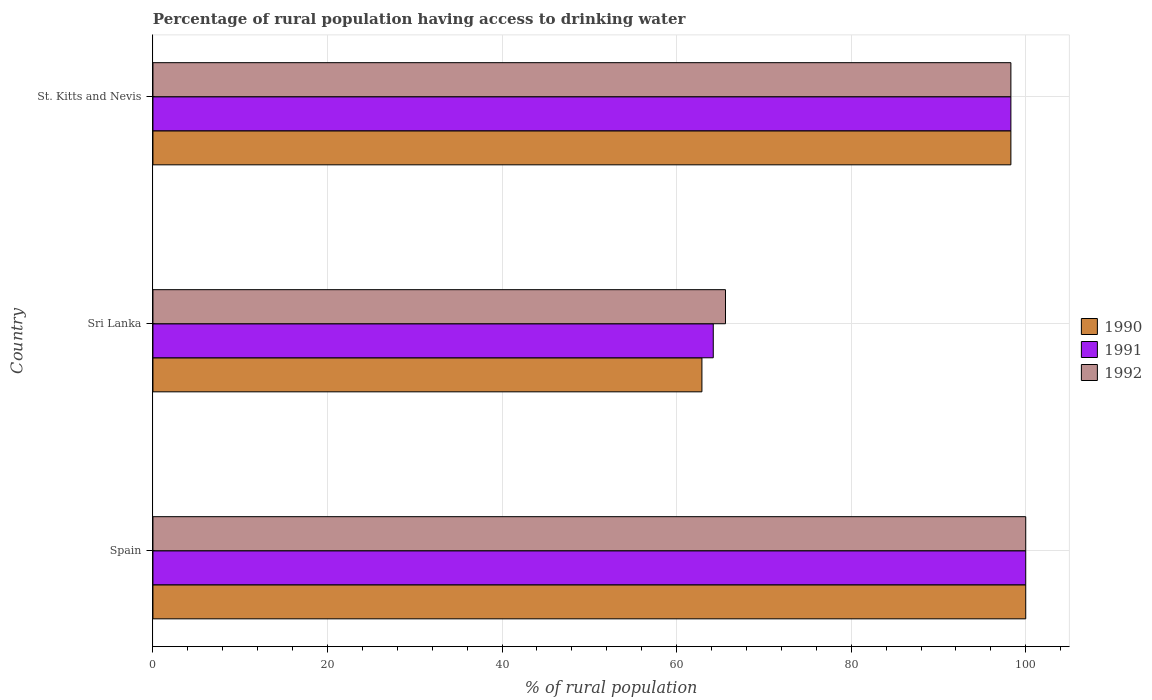
| Country | 1990 | 1991 | 1992 |
 | --- | --- | --- | --- |
 | Spain | 100 | 100 | 100 |
 | Sri Lanka | 62.9 | 64.2 | 65.6 |
 | St. Kitts and Nevis | 98.3 | 98.3 | 98.3 |